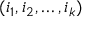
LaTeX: ( i _ { 1 } , i _ { 2 } , \ldots , i _ { k } )